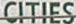
CITIES